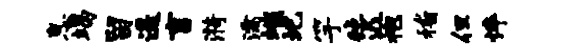
息竭留遥言漪濡嗤圯竽毡迟袍稽但悴